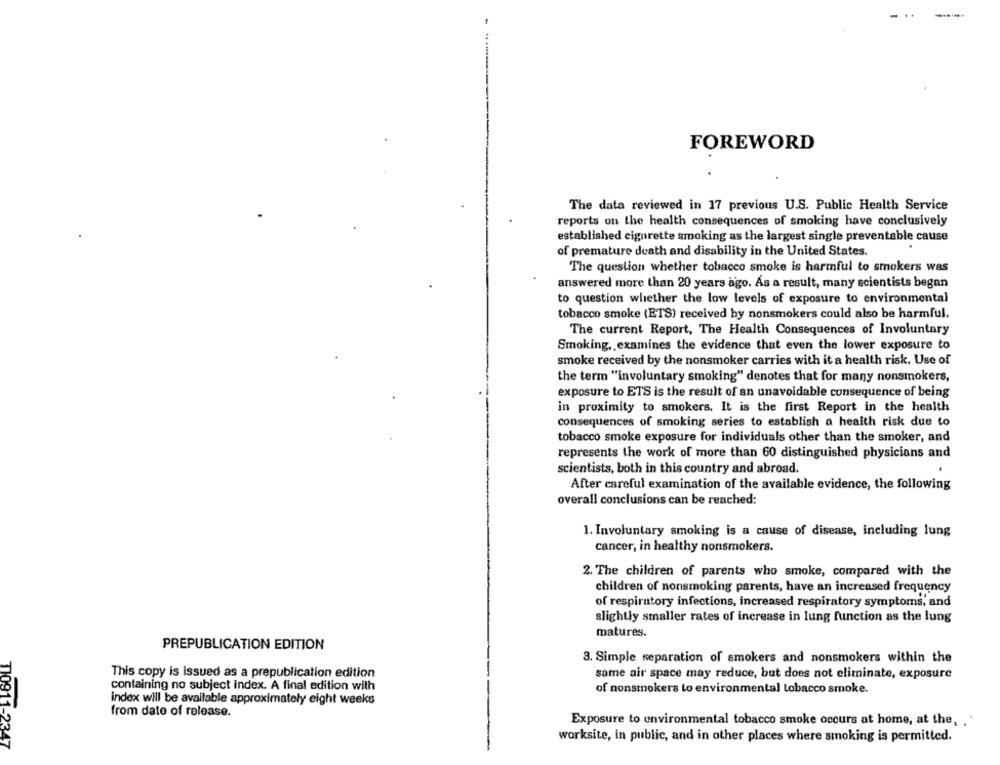
FOREWORD
The data reviewed in 17 previous U.S. Public Health Service
reports on the health consequences of smoking have conclusively
established cigarette smoking as the largest single preventable cause
of premature death and disability in the United States.
The question whether tobacco smoke is harmful to smokers was
answered more than 20 years ago. As a result, many scientists began
to question whether the low levels of exposure to environmental
tobacco smoke (ETS) received by nonsmokers could also be harmful.
The current Report, The Health Consequences of Involuntary
Smoking, examines the evidence that even the lower exposure to
smoke received by the nonsmoker carries with it a health risk. Use of
the term "involuntary smoking" denotes that for many nonsmokers,
exposure to ETS is the result of an unavoidable consequence of being
in proximity to smokers. It is the first Report in the health
consequences of smoking series to establish a health risk due to
tobacco smoke exposure for individuals other than the smoker, and
represents the work of more than 60 distinguished physicians and
scientists, both in this country and abroad.
After careful examination of the available evidence, the following
overall conclusions can be reached:
1. Involuntary smoking is a cause of disease, including lung
cancer, in healthy nonsmokers.
2. The children of parents who smoke, compared with the
children of nonsmoking parents, have an increased frequency
of respiratory infections, increased respiratory symptoms, and
slightly smaller rates of increase in lung function as the lung
matures.
PREPUBLICATION EDITION
3. Simple separation of smokers and nonsmokers within the
This copy is issued as a prepublication edition
same air space may reduce, but does not eliminate, exposure
containing no subject index. A final edition with
of nonsmokers to environmental tobacco smoke.
index will be available approximately eight weeks
from date of release.
Exposure to environmental tobacco smoke occurs at home, at the, ..
worksite, in public, and in other places where smoking is permitted.
TI0911-2347